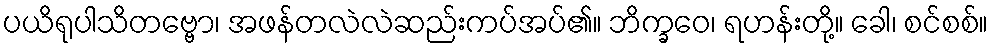
ပယိရုပါသိတဗ္ဗော၊ အဖန်တလဲလဲဆည်းကပ်အပ်၏။ ဘိက္ခဝေ၊ ရဟန်းတို့။ ခေါ၊ စင်စစ်။